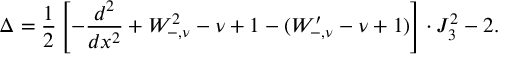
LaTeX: \Delta = \frac { 1 } { 2 } \left[ - \frac { d ^ { 2 } } { d x ^ { 2 } } + W _ { - , \nu } ^ { 2 } - \nu + 1 - ( W _ { - , \nu } ^ { \prime } - \nu + 1 ) \right] \cdot J _ { 3 } ^ { 2 } - 2 .